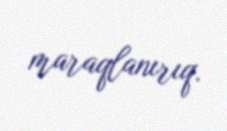
maraqlanırıq.